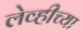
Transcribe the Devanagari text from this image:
लेव्हीच्या